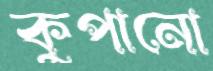
কুপানো